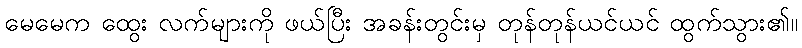
မေမေက ထွေး လက်များကို ဖယ်ပြီး အခန်းတွင်းမှ တုန်တုန်ယင်ယင် ထွက်သွား၏။